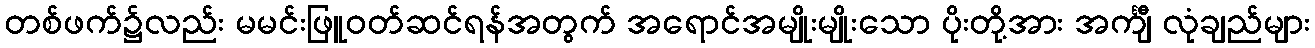
တစ်ဖက်၌လည်း မမင်းဖြူဝတ်ဆင်ရန်အတွက် အရောင်အမျိုးမျိုးသော ပိုးတို့အား အင်္ကျီ လုံချည်များ